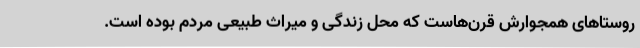
روستاهای همجوارش قرن‌هاست که محل زندگی و میراث طبیعی مردم بوده است.